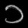
Digit: ၁